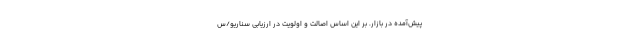
پیش‌آمده در بازار. بر این اساس اصالت و اولویت در ارزیابی سناریو/س